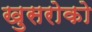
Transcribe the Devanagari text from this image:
खुसरोको